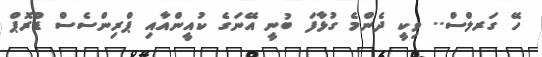
ހޭ ގަރލްސް.. ވިކީ ދެންމެ ގުޅާފަ ބުނީ އޭނަގެ ކުއީންއާއި ޕްރިންސެސް ޑްރޮޕް